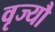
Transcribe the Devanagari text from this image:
वृज्यौ